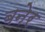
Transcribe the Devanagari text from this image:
बनेर